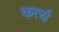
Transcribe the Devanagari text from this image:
कर्त्य